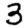
Digit: 3